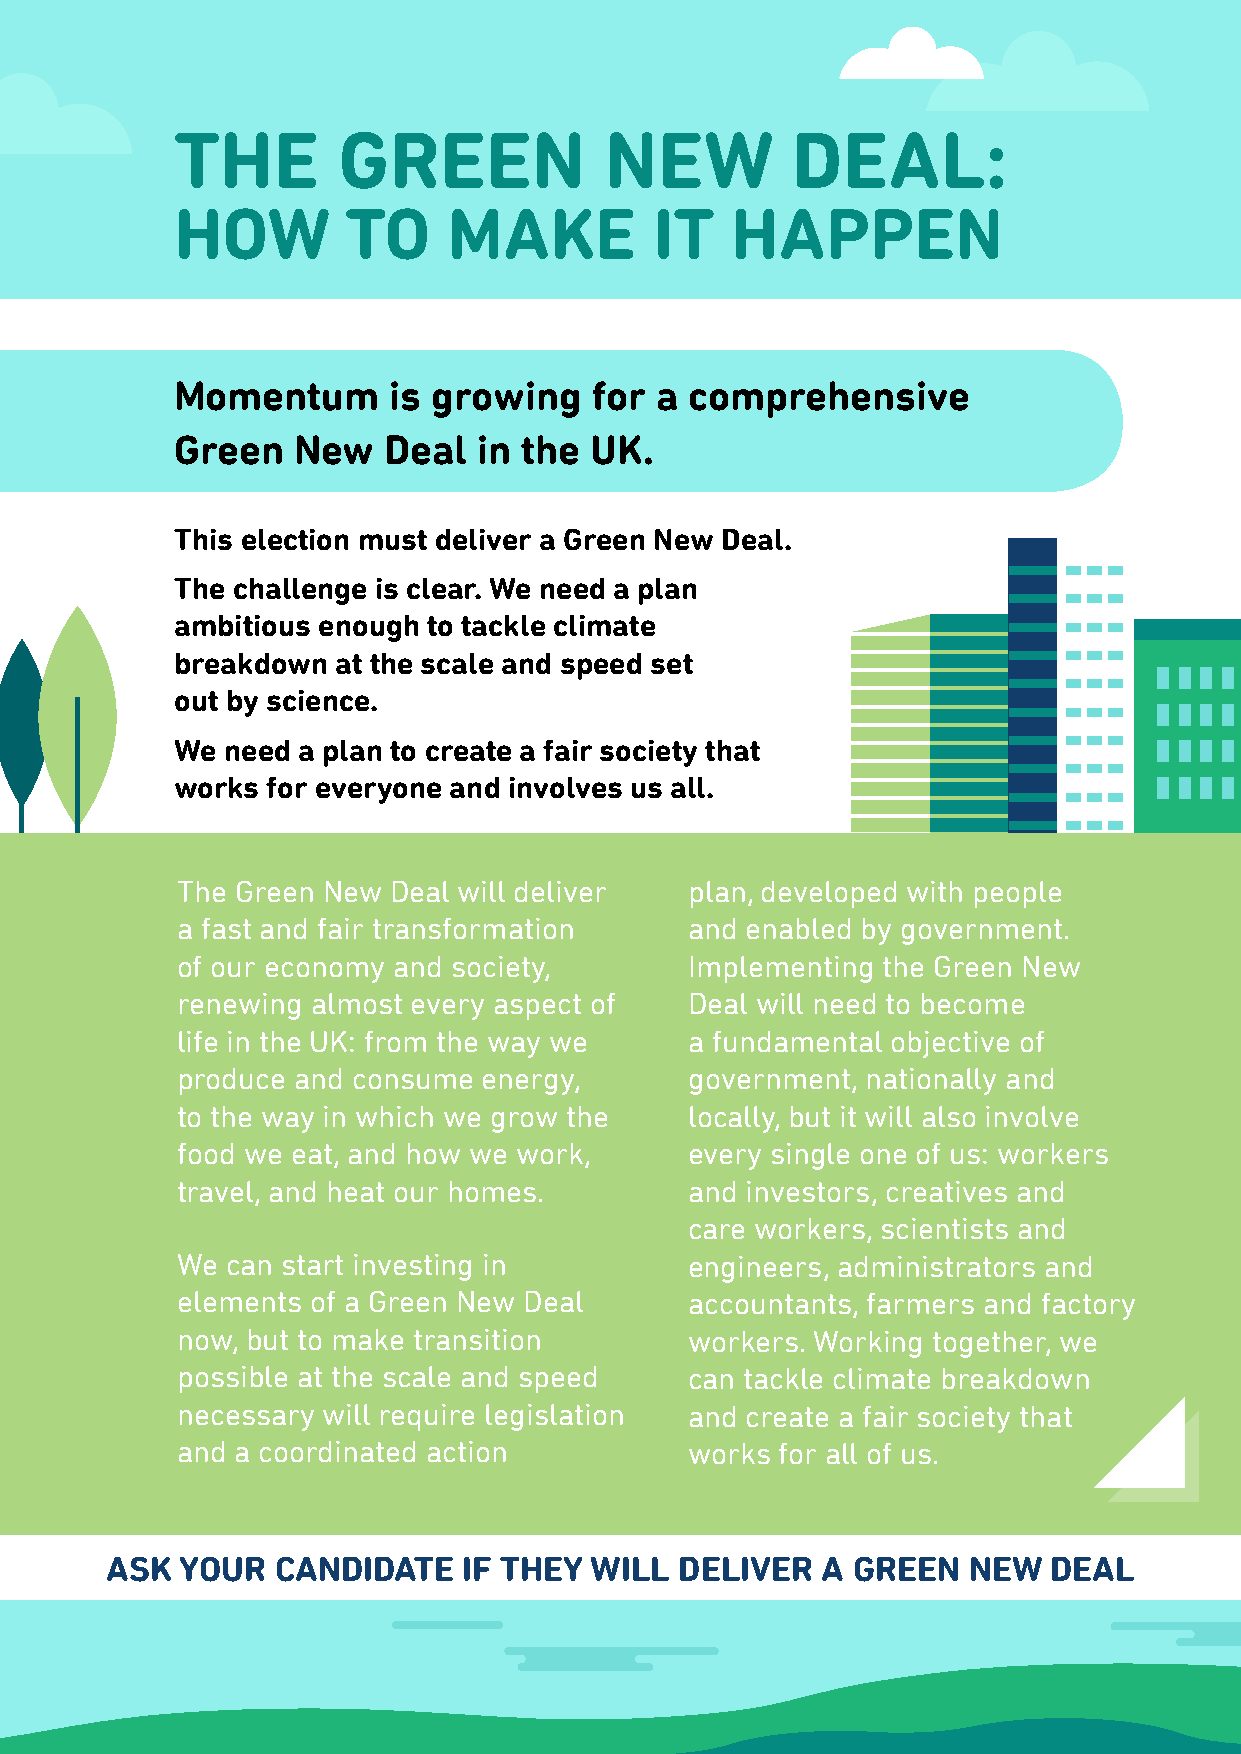
THE       GREEN             NEW         DEAL:
 HOW        TO     MAKE         IT   HAPPEN
 Momentum      is growing   for a  comprehensive
 Green  New   Deal   in the UK.
 This election must deliver a Green New Deal.
 The challenge is clear. We need a plan
 ambitious enough to tackle climate
 breakdown at the scale and speed set
 out by science.
 We need a plan to create a fair society that
 works for everyone and involves us all.
 The Green New Deal will deliver   plan, developed with people
 a fast and fair transformation    and enabled by government.
 of our economy and society,       Implementing the Green New
 renewing almost every aspect of   Deal will need to become
 life in the UK: from the way we   a fundamental objective of
 produce and consume energy,       government, nationally and
 to the way in which we grow the   locally, but it will also involve
 food we eat, and how we work,     every single one of us: workers
 travel, and heat our homes.       and investors, creatives and
 care workers, scientists and
 We can start investing in         engineers, administrators and
 elements of a Green New Deal      accountants, farmers and factory
 now, but to make transition       workers. Working together, we
 possible at the scale and speed   can tackle climate breakdown
 necessary will require legislation and create a fair society that
 and a coordinated action          works for all of us.
 ASK  YOUR  CANDIDATE    IF THEY WILL  DELIVER  A GREEN   NEW  DEAL